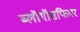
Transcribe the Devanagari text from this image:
ब्लॉगॉसफियर